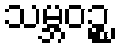
သမ္ဘဝဉ္စ